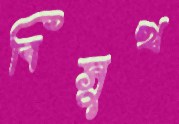
বিসুখ